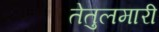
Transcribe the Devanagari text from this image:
तेतुलमारी